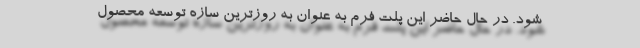
شود. در حال حاضر این پلت فرم به عنوان به روزترین سازه توسعه محصول